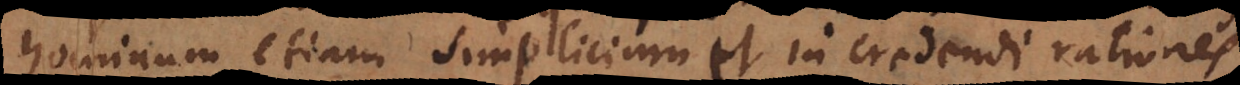
hominum etiam simplicium et in credendi rationes